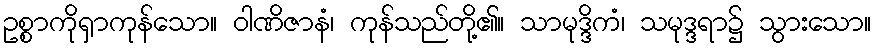
ဥစ္စာကိုရှာကုန်သော။ ဝါဏိဇာနံ၊ ကုန်သည်တို့၏။ သာမုဒ္ဒိကံ၊ သမုဒ္ဒရာ၌ သွားသော။